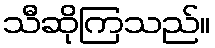
သီဆိုကြသည်။